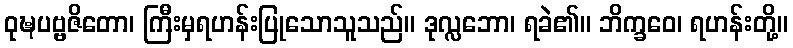
ဝုဍ္ဎပဗ္ဗဇိတော၊ ကြီးမှရဟန်းပြုသောသူသည်။ ဒုလ္လဘော၊ ရခဲ၏။ ဘိက္ခဝေ၊ ရဟန်းတို့။